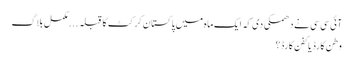
آئی سی سی نے دھمکی دی کہ ایک ماہ میں پاکستان کرکٹ کا قبلہ . . . مکمل بلاگ
وطن کارڈ یا کفن کارڈ؟